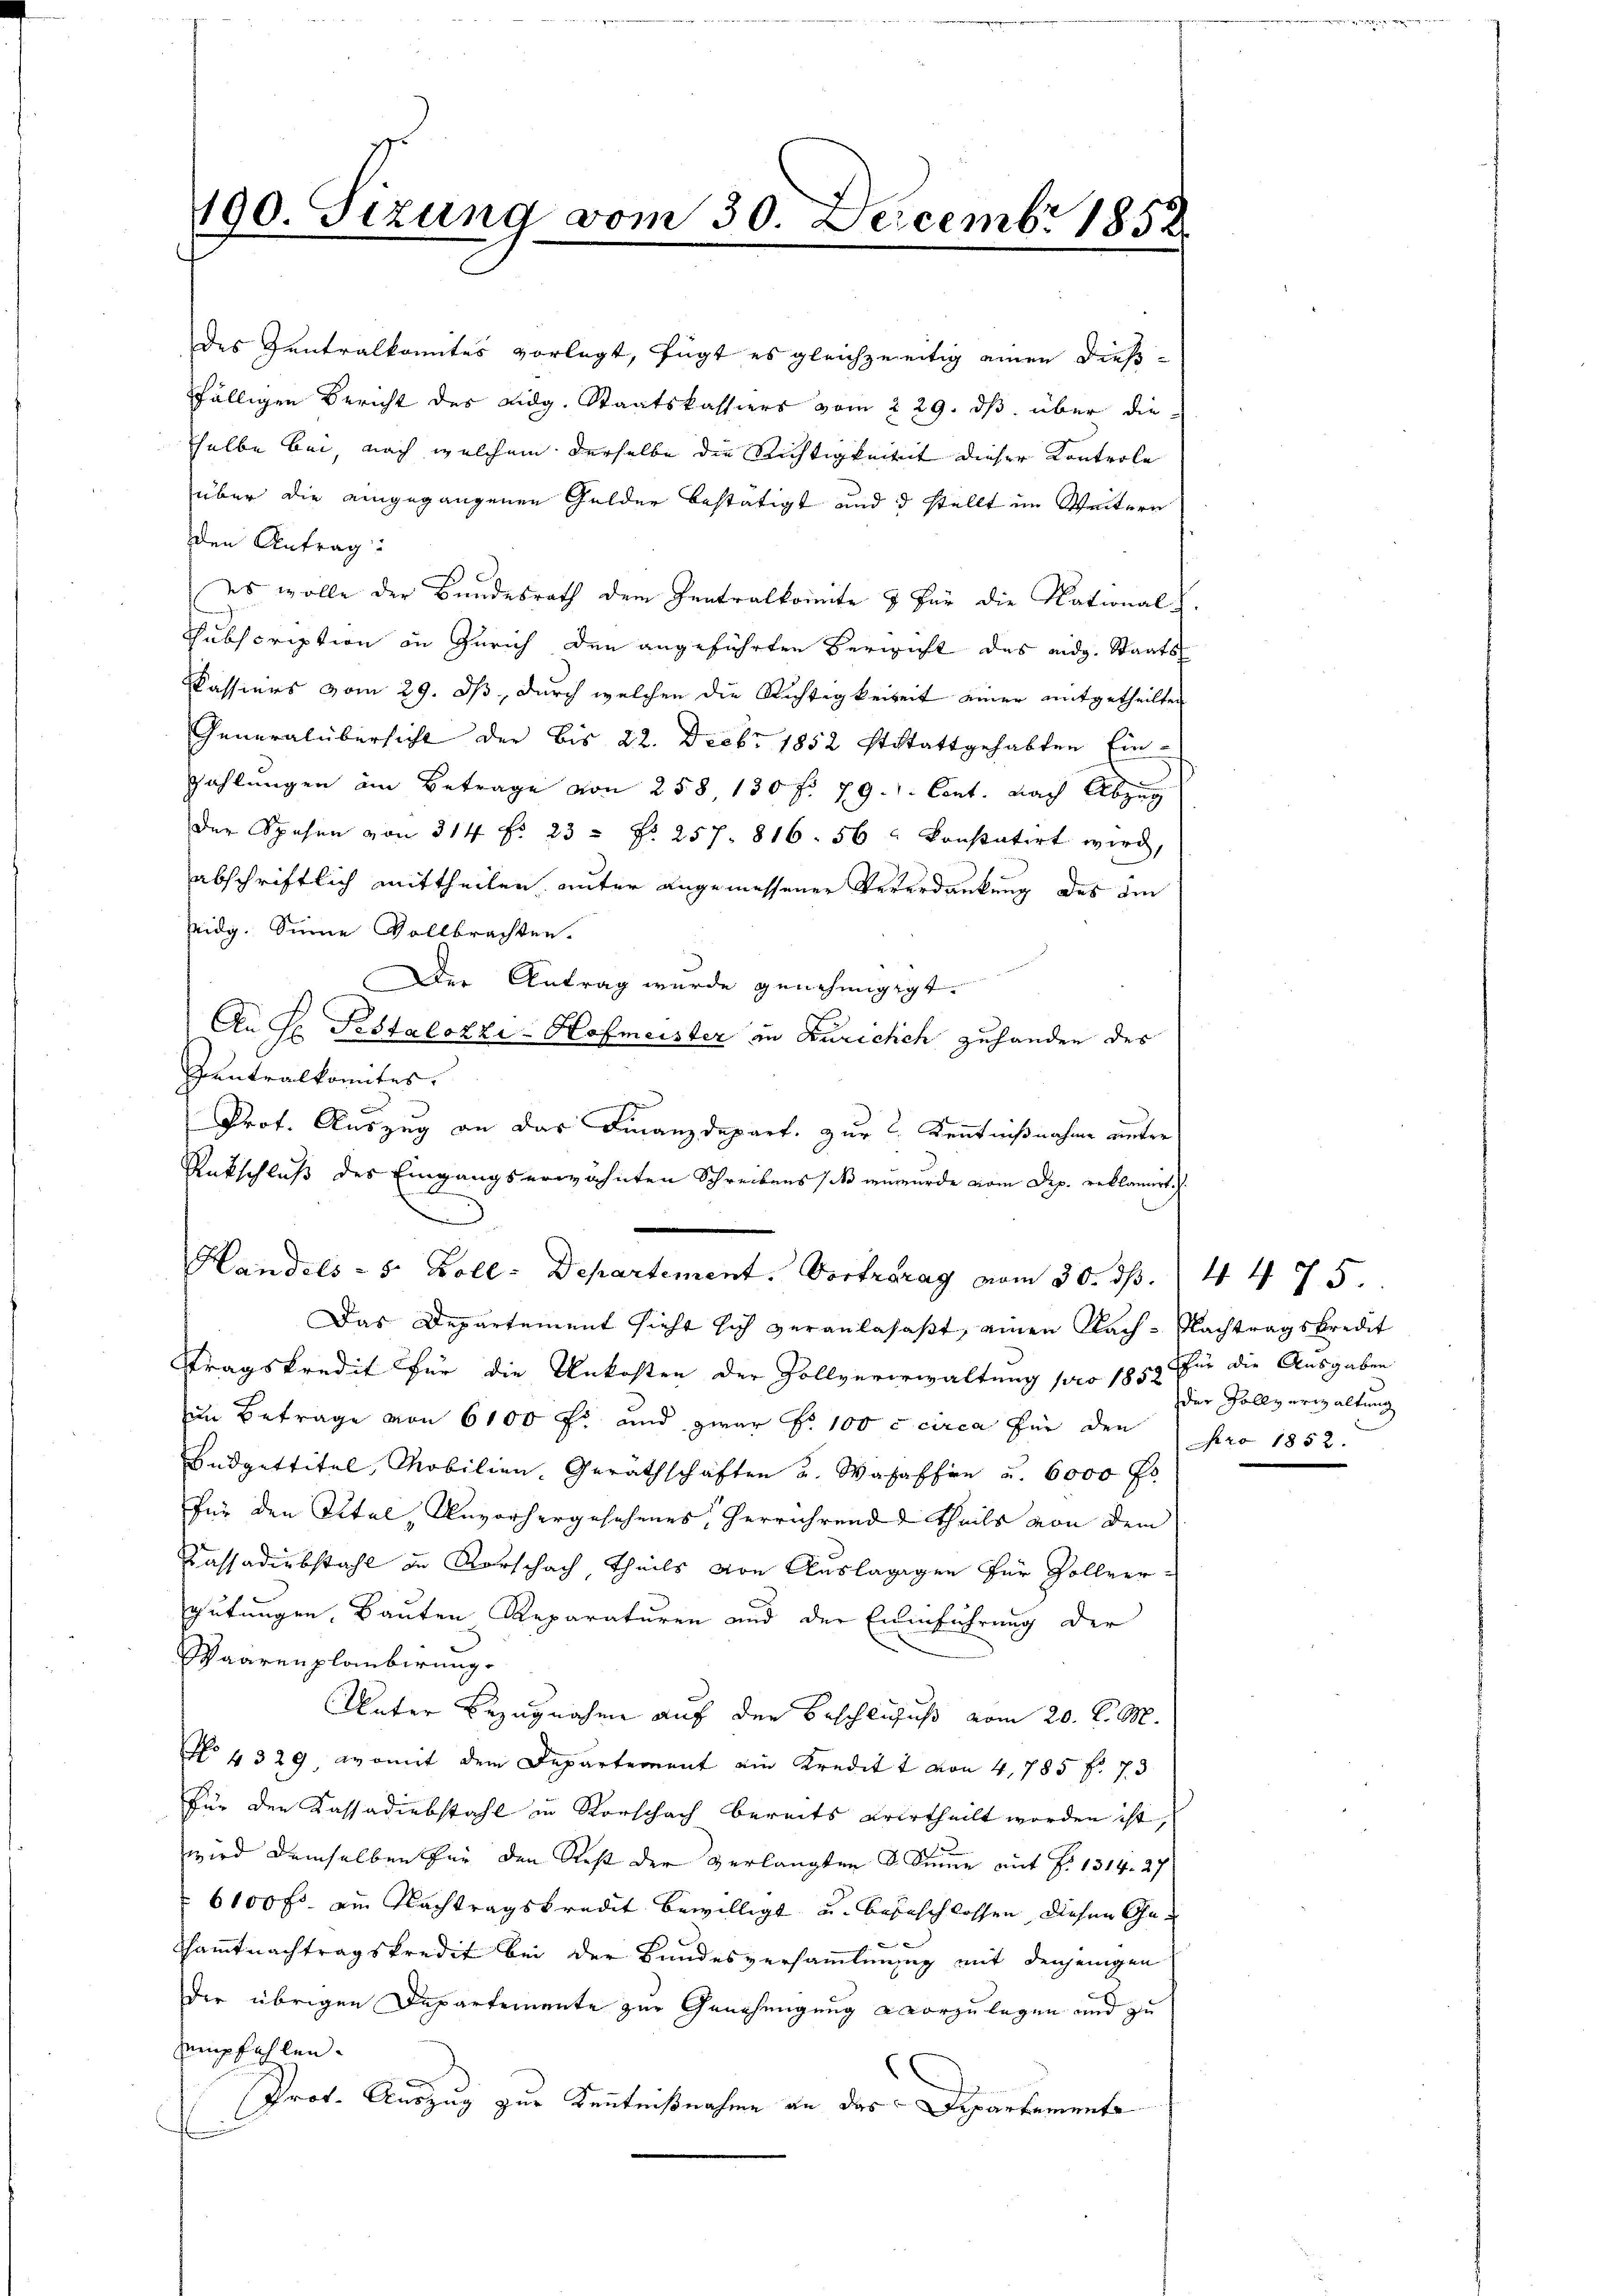
190. Sizung vom 30. Decembr 1852.

des Zentralkomites vorlegt, fügt es gleichzeitig einen dießfälligen Bericht des Lidg. Staatskassiers vom 229. ds. über die
selbe bei, nach welchem derselbe die Richtigkeitet dieser Kontrole
über die eingegangenen Gelder bestätigt und d stellt im Weitern
den Antrag:
ees wolle der Bundesrath dem Zentralkomite & für die National.
Subscription in Zürich den angeführten Bericht des eidg. Staats
Passiers vom 29. ds, durch welchen die Richtigkeiteit einer mitgetheilten
Generalübersicht der bis 22. Decbr 1852 Ststattgehabten Ein¬
Zahlungen am Betrage von 258, 130 f. 79. Cent. nach Abzug
der Spesen von 314 f. 23 No 257. 816. 56 u konstatirt wird,
abschriftlich mittheilen unter angemessener Vererdankung des im
Eidg. Seine Vollbrachten.
Der Antrag wurde genehmigigt.
An Hr. Pestalozzi-Hofmeister in Zurichch zuhanden des
Zentralkomites,
s
Prot. Auszug an das Finanzdepart. zur C. Kenntnißnahme unter
Ratschluß des Eingangserwähnten Schreibens / inwurde vom Dep. reklamirt
Handels - 5 Zoll - Departement. Vorfrarag vom 30. ds.  4 475.
Das Departement sicht sich veranlasst, einen Nach- Nachtragskredit
Stragskredit für die Unkosten der Zollvererwaltung pro 1850 für die Ausgaben
im Betrage von 6100 f: und zwar No 100 c circa für den pro 1852.
Budgettitel, Mobilien-Geräthschaften u. Wasaffen u. 6000 Fr
für den Titel, Unvorhergesehenes herrührend theils von dem
Cassadiebstahl in Vorschach, theils von Auslägigen für Zollver-
gutungen, Bauten Reparaturen und der Einführung der
Waarenplanbirung
Vater Bezugnahme auf den Beschlifuß vom 20. d. M.
No 4329 womit dem Departement ein Kreditt von 4,785 f. 73
für den Kassadiebstahl in Vorschach bereits erurtheilt worden ist,
wird demselben für den Rest der verlangten d. Sinne auf No 1314. 27
6100 fr. ein Nachtragskredit bewilligt u. begeschlossen, diesen Ge¬
Shamtnachtragskredit bei der Bundesversammlung mit denjenigen
der übrigen Departemente zur Genehmigung vorzulegen und zu
empfehlen.
Prot. Auszug zur Kenntnißnahme an das Departamente

der Holly erwaltung